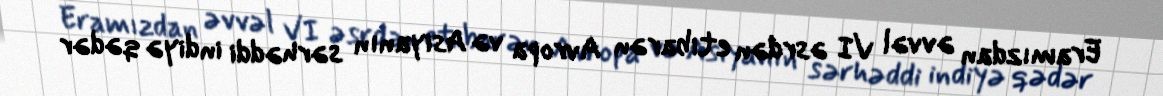
Eramızdan əvvəl VI əsrdən etibarən Avropa və Asiyanın sərhəddi indiyə qədər